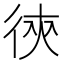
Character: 㣣